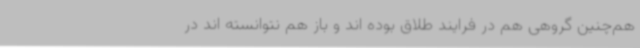
هم‌چنین گروهی هم در فرایند طلاق بوده اند و باز هم نتوانسته اند در